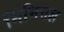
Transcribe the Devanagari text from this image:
निमित्तज्ञ